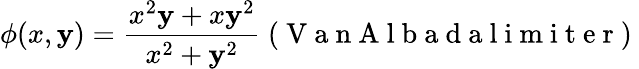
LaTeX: \phi(x,\mathbf{y})=\frac{{x^{2}\mathbf{y}+x\mathbf{y}^{2}}}{{x^{2}+\mathbf{y}^{2}}}\mathrm{{~(~V~a~n~A~l~b~a~d~a~l~i~m~i~t~e~r~)~}}